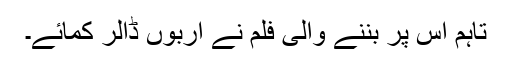
تاہم اس پر بننے والی فلم نے اربوں ڈالر کمائے۔